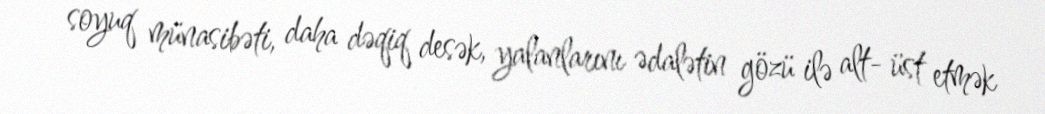
soyuq münasibəti, daha dəqiq desək, yalanlarını ədalətin gözü ilə alt- üst etmək